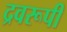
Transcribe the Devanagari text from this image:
द्रवरूपी